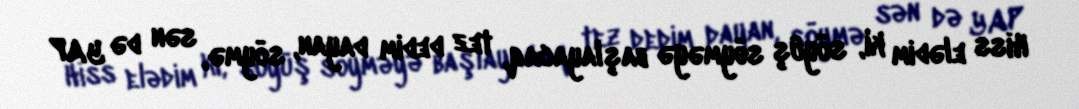
Hiss elədim ki, söyüş söyməyə başlayacaq, tez dedim dayan, söymə, sən də YAP